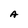
Character: A